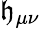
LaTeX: \mathfrak{h}_{\mu\nu}